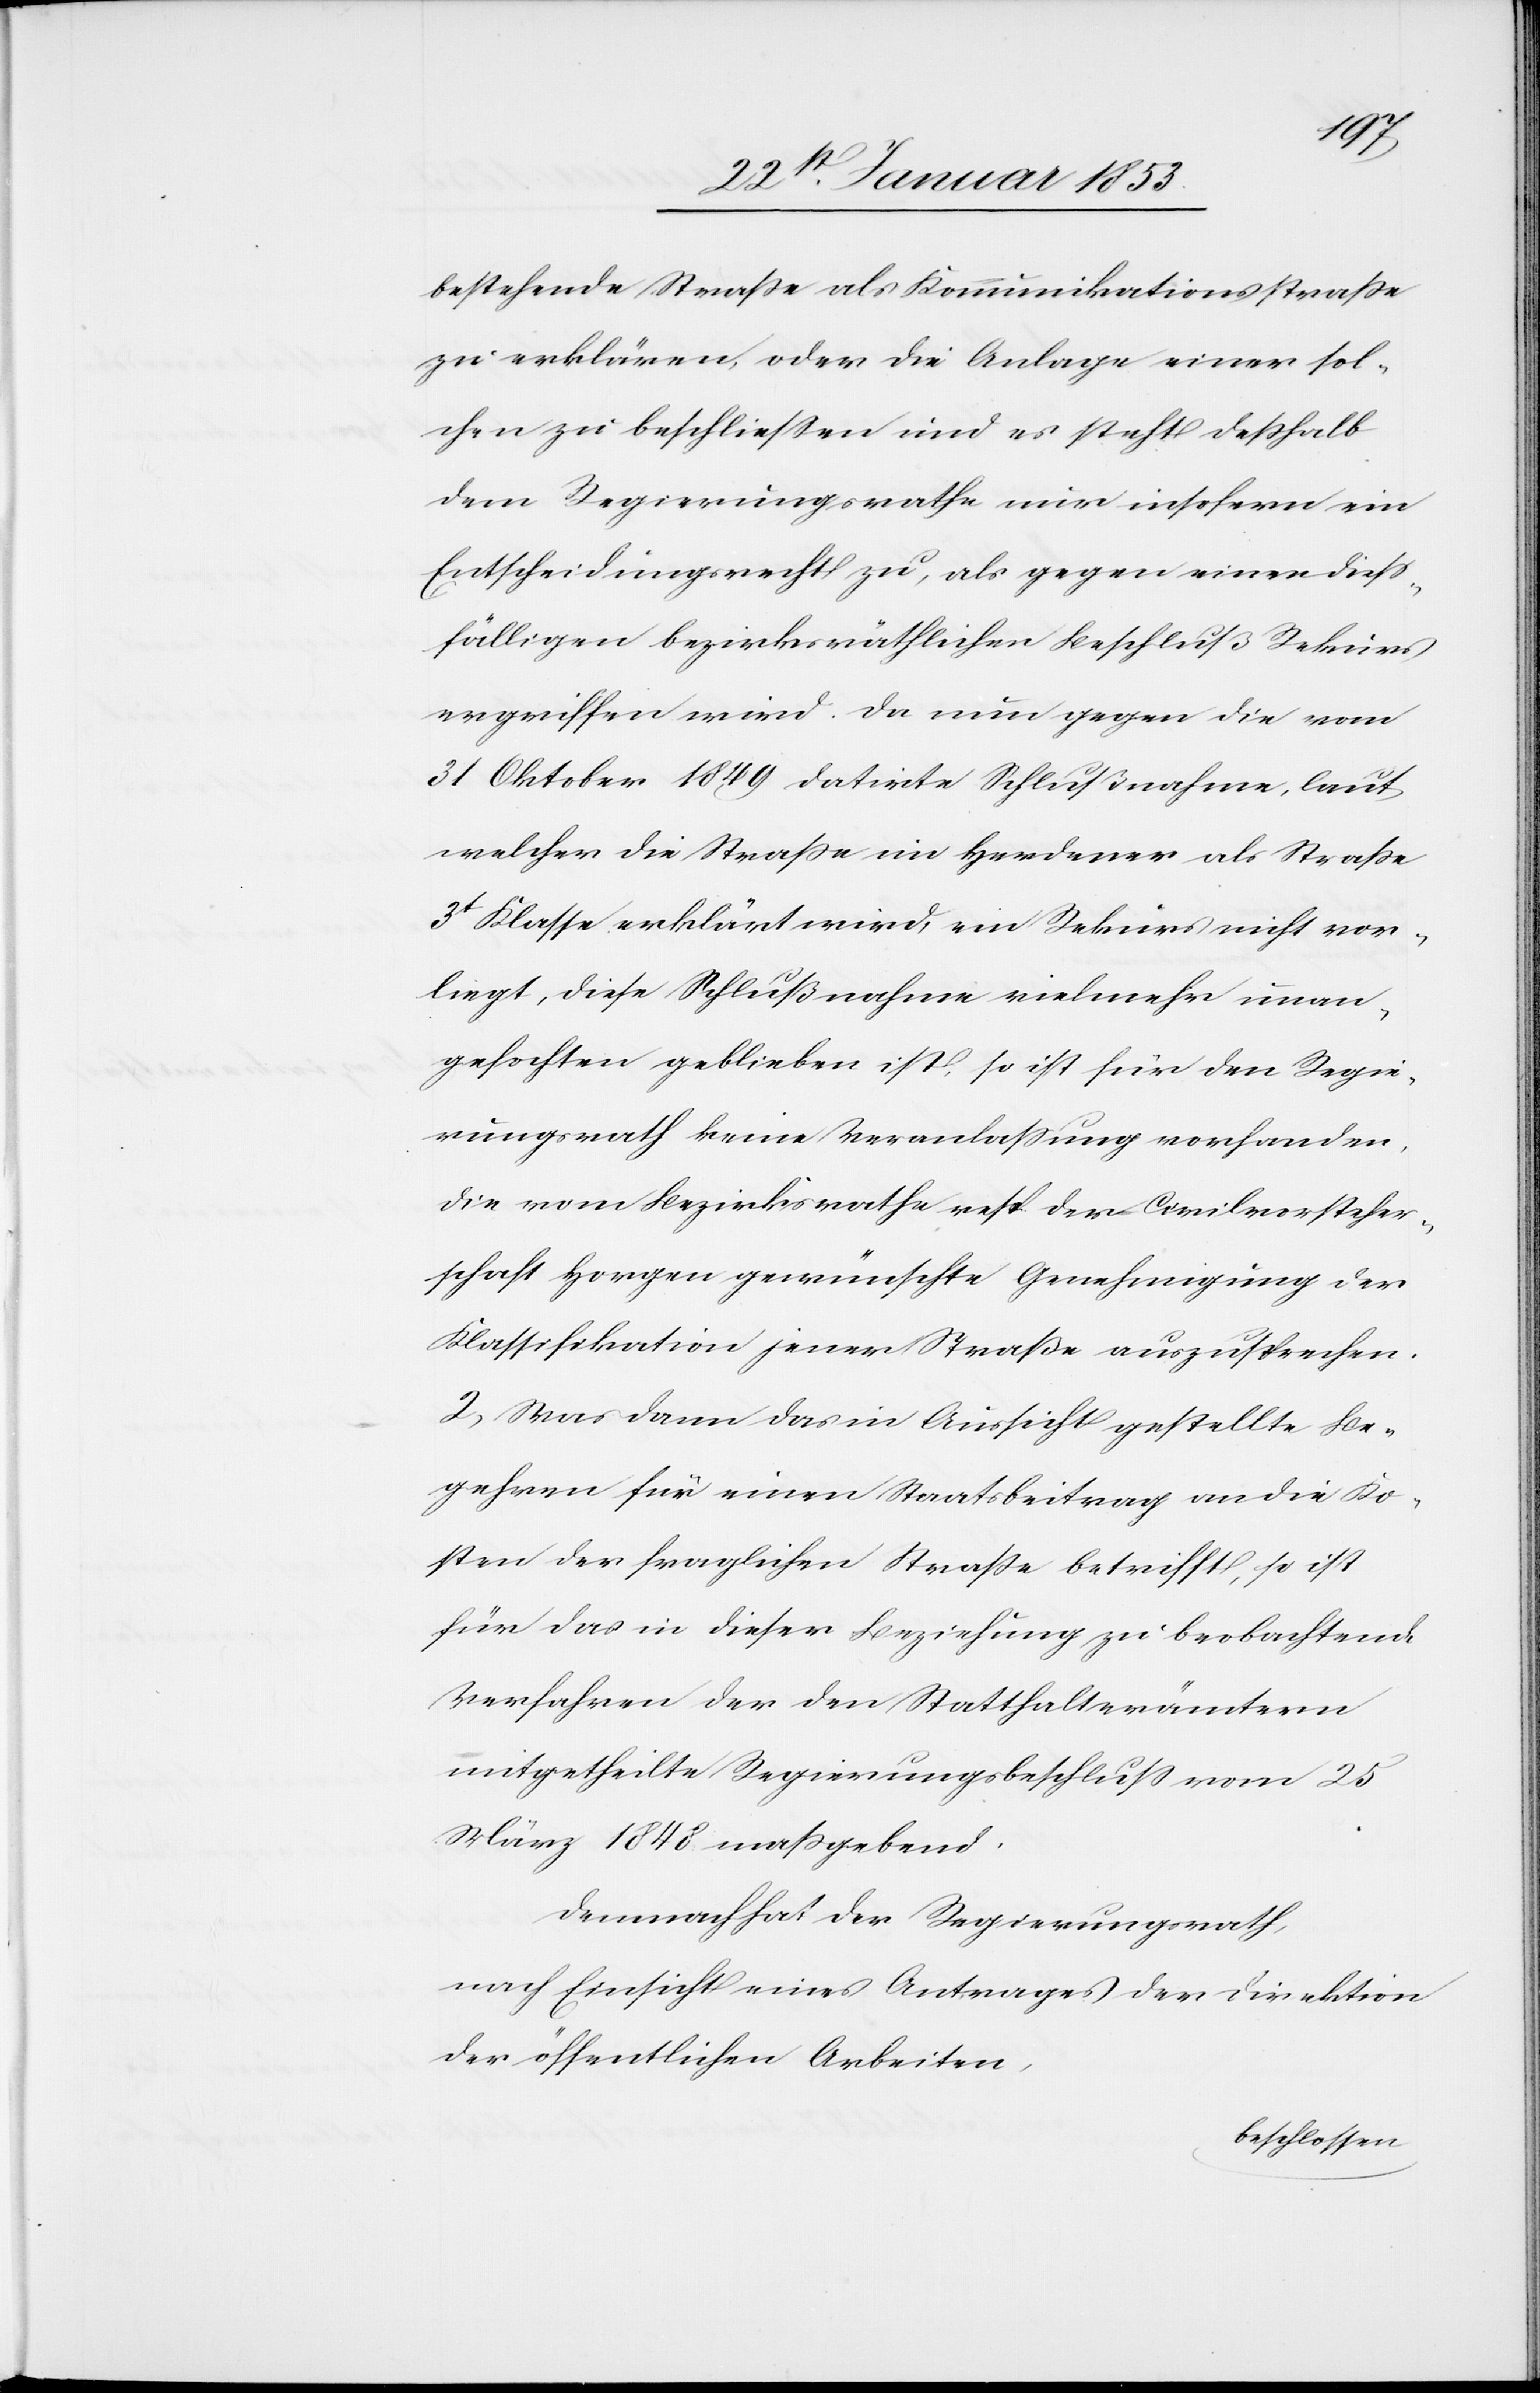
bestehende Straße als Kommunikationsstraße
zu erklären, oder die Anlage einer sol¬
chen zu beschließen und es steht deßhalb
dem Regierungsrathe nur insofern ein
Entscheidungsrecht zu, als gegen einen dieß¬
fälligen bezirksräthlichen Beschluß Rekurs
ergriffen wird. Da nun gegen die vom
31 Oktober 1849 datirte Schlußnahme, laut
welcher die Straße in Herdener als Straße
3t. Klasse erklärt wird, ein Rekurs nicht vor¬
liegt, diese Schlußnahme vielmehr unan¬
gefochten geblieben ist, so ist für den Regie¬
rungsrath keine Veranlaßung vorhanden,
die vom Bezirksrathe resp. der Civilvorsteher¬
schaft Horgen gewünschte Genehmigung der
Klassifikation jener Straße auszusprechen.
2. Was dann das in Aussicht gestellte Be¬
gehren für einen Staatsbeitrag an die Ko¬
sten der fraglichen Straße betrifft, so ist
für das in dieser Beziehung zu beobachtende
Verfahren der den Statthalterämtern
mitgetheilte Regierungsbeschluß vom 25
März 1848 maßgebend.
Demnach hat der Regierungsrath,
nach Einsicht eines Antrages der Direktion
der öffentlichen Arbeiten